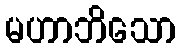
မဟာဘိသော